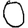
Digit: 0